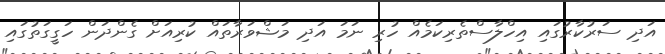
އަދި ސަރުކާރުުގައި އިހްލާސްތެރިކަމެއް ހުރި ނަމަ އަދި މަޝްވަރާތައް ކުރިއަށް ގެންދަން ހަގީގަތުގައި